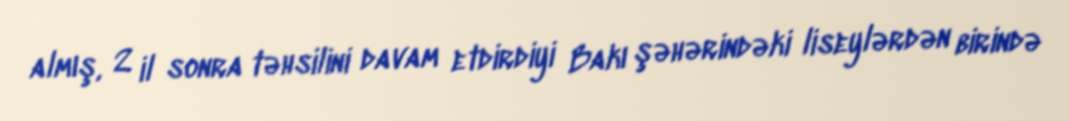
almış, 2 il sonra təhsilini davam etdirdiyi Bakı şəhərindəki liseylərdən birində